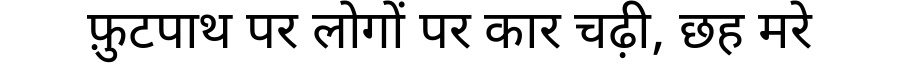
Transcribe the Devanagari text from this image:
फ़ुटपाथ पर लोगों पर कार चढ़ी, छह मरे